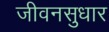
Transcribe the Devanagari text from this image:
जीवनसुधार